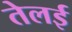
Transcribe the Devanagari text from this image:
तेलई